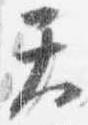
天